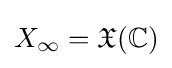
X_{\infty }={\mathfrak {X}}(\mathbb {C} )